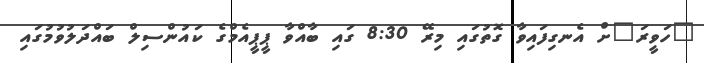
"ހަވީރަ"ށް އެނގިފައިވާ ގޮތުގައި މިރޭ 8:30 ގައި ބާއްވާ ޕީޕީއެމްގެ ކައުންސިލް ބައްދަލުވުމުގައި